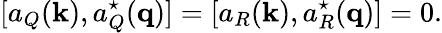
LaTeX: [a_{Q}({\mathbf k}),a_{Q}^{\star}({\mathbf q})]=[a_{R}({\mathbf k}),a_{R}^{\star}({\mathbf q})]=0.